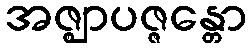
အဇ္ဈာပဇ္ဇန္တော